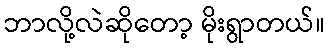
ဘာလို့လဲဆိုတော့ မိုးရွာတယ်။